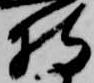
持